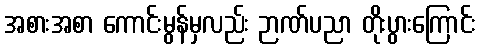
အစားအစာ ကောင်းမွန်မှလည်း ဉာဏ်ပညာ တိုးပွားကြောင်း